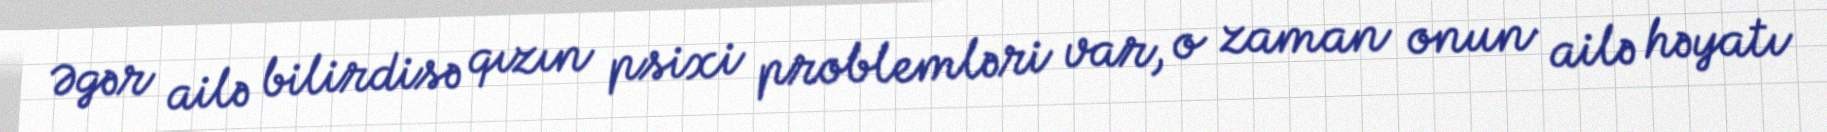
Əgər ailə bilirdisə qızın psixi problemləri var, o zaman onun ailə həyatı